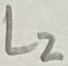
Text: L2